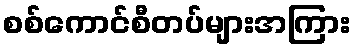
စစ်ကောင်စီတပ်များအကြား